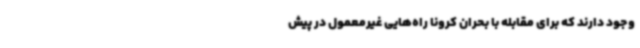
وجود دارند که برای مقابله با بحران کرونا راه‌هایی غیرمعمول در پیش